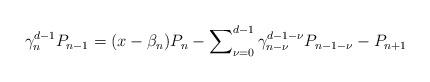
LaTeX: \begin{align*}\gamma_n^{d-1}P_{n-1}=(x-\beta_{n})P_n-\sum\nolimits_{\nu =0}^{d-1}\gamma _{n-\nu}^{d-1-\nu}P_{n-1-\nu}-P_{n+1}\end{align*}